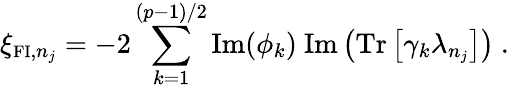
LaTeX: \xi_{\mathrm{{\small FI}},n_{j}}=-2\sum_{k=1}^{(p-1)/2}\mathrm{Im}(\phi_{k})~\mathrm{Im}\left(\mathrm{Tr}\left[\gamma_{k}\lambda_{n_{j}}\right]\right)~.